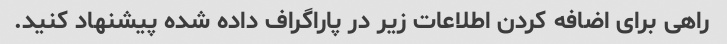
راهی برای اضافه کردن اطلاعات زیر در پاراگراف داده شده پیشنهاد کنید.